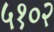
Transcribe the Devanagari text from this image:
५१०२